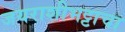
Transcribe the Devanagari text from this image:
जयराशीभट्टाचा